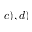
c ) , d )